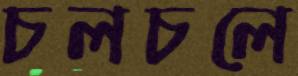
চলচলে